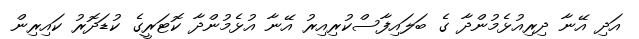
އަދި އޭނާ ދިރިއުޅެމުންދާ ގެ ބަލައިފާސްކުރިއިރު އޭނާ އުޅެމުންދާ ކޮޓަރީގެ ކުޑަދޮރު ކައިރިން